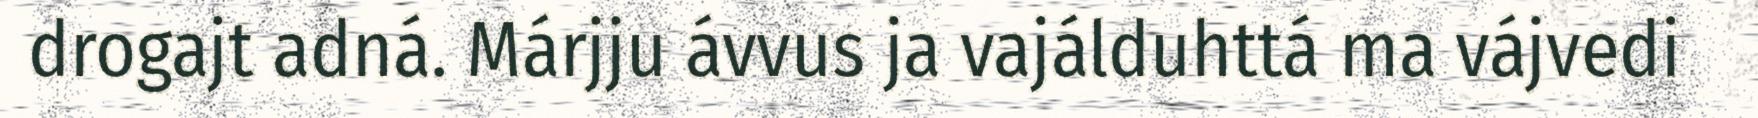
drogajt adná. Márjju ávvus ja vajálduhttá ma vájvedi